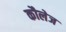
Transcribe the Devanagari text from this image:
कौलेज